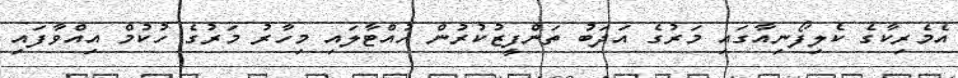
އެމެރިކާގެ ކެލިފޯނިއާގައި މަރުގެ އަދަބު ތަންފީޒުކުރުން ހުއްޓާލައި މިހާރު މަރުގެ ހުކުމް އިއްވާފައި